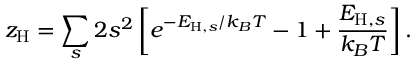
z _ { \mathrm { H } } = \sum _ { s } 2 s ^ { 2 } \left[ e ^ { - E _ { \mathrm { H } , s } / k _ { B } T } - 1 + \frac { E _ { \mathrm { H } , s } } { k _ { B } T } \right] .